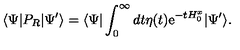
\langle \Psi | P _ { R } | \Psi ^ { \prime } \rangle = \langle \Psi | \int _ { 0 } ^ { \infty } d t \eta ( t ) \mathrm { e } ^ { - t H _ { 0 } ^ { x } } | \Psi ^ { \prime } \rangle .